Report of the Indian Hemp Drugs Commission, 1894-1895 - Volume V
Year: 1894
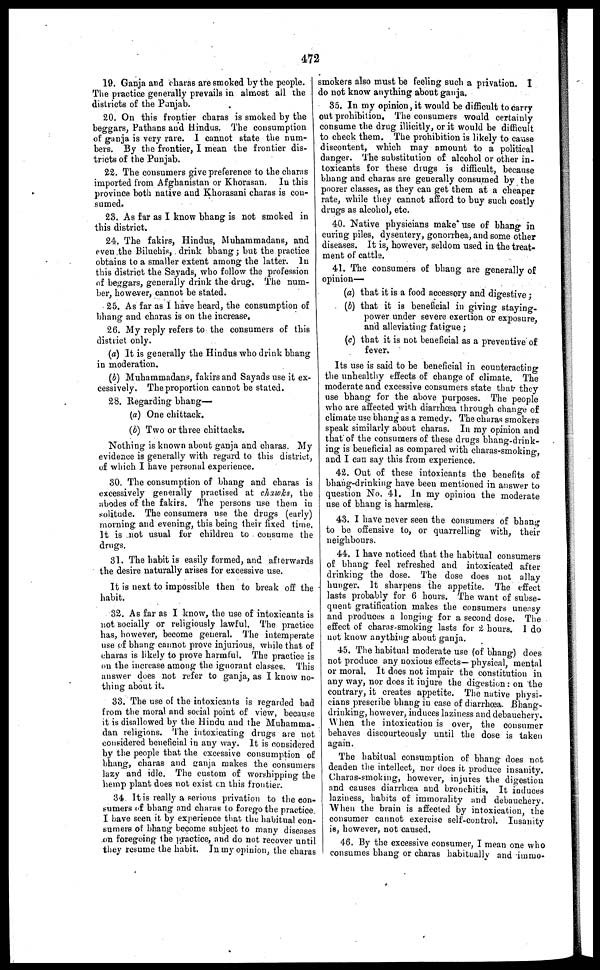
472
19. Ganja and charas are smoked by the people.
The practice generally prevails in almost all the
districts of the Panjab.
20. On this frontier charas is smoked by the
beggars, Pathans and Hindus. The consumption
of ganja is very rare. I cannot state the num-
bers. By the frontier, I mean the frontier dis-
tricts of the Punjab.
22. The consumers give preference to the charas
imported from Afghanistan or Khorasan. In this
province both native and Khorasani charas is con-
sumed.
23. As far as I know bhang is not smoked in
this district.
24. The fakirs, Hindus, Muhammadans, and
even the Biluchis, drink bhang; but the practice
obtains to a smaller extent among the latter. In
this district the Sayads, who follow the profession
of beggars, generally drink the drug. The num-
ber, however, cannot be stated.
25. As far as I have heard, the consumption of
bhang and charas is on the increase.
26. My reply refers to the consumers of this
district only.
(a) It is generally the Hindus who drink bhang
in moderation.
(b) Muhammadans, fakirs and Sayads use it ex-
cessively. The proportion cannot be stated.
28. Regarding bhang—
(a) One chittack.
(b) Two or three chittacks.
Nothing is known about ganja and charas. My
evidence is generally with regard to this district,
of which I have personal experience.
30. The consumption of bhang and charas is
excessively generally practised at chawks, the
abodes of the fakirs. The persons use them in
solitude. The consumers use the drugs (early)
morning and evening, this being their fixed time.
It is not usual for children to consume the
drugs.
31. The habit is easily formed, and afterwards
the desire naturally arises for excessive use.
It is next to impossible then to break off the
habit.
32. As far as I know, the use of intoxicants is
not socially or religiously lawful. The practice
has, however, become general. The intemperate
use of bhang cannot prove injurious, while that of
charas is likely to prove harmful. The practice is
on the increase among the ignorant classes. This
answer does not refer to ganja, as I know no-
thing about it.
33. The use of the intoxicants is regarded bad
from the moral and social point of view, because
it is disallowed by the Hindu and the Muhamma-
dan religions. The intoxicating drugs are not
considered beneficial in any way. It is considered
by the people that the excessive consumption of
bhang, charas and ganja makes the consumers
lazy and idle. The custom of worshipping the
hemp plant does not exist on this frontier.
34 It is really a serious privation to the con-
sumers of bhang and charas to forego the practice.
I have seen it. by experience that the habitual con-
sumer of bhang become subject to many diseases
on foregoing the practice, and do not recover until
they resume the habit. In my opinion, the charas
smokers also must be feeling such a privation. I
do not know anything about ganja.
35. In my opinion, it would be difficult to carry
out prohibition. The consumers would certainly
consume the drug illicitly, or it would be difficult
to check them. The prohibition is likely to cause
discontent, which may amount to a political
danger. The substitution of alcohol or other in-
toxicants for these drugs is difficult, because
bhang and charas are generally consumed by the
poorer classes, as they can get them at a cheaper
rate, while they cannot afford to buy such costly
drugs as alcohol, etc.
40. Native physicians make* use of bhang in
curing piles, dysentery, gonorrhea, and some other
diseases. It is, however, seldom used in the treat-
ment of cattle.
41. The consumers of bhang are generally of
opinion—
(a) that it is a food accessory and digestive ;
(b) that it is beneficial in giving staying-
power under severe exertion or exposure,
and alleviating fatigue ;
(c) that it is not beneficial as a preventive of
fever.
Its use is said to be beneficial in counteracting
the unhealthy effects of change of climate. The
moderate and excessive consumers state that they
use bhang for the above purposes. The people
who are affected with diarrhœa through change of
climate use bhang as a remedy. The charas smokers
speak similarly about charas. In my opinion and
that of the consumers of these drugs bhang-drink-
ing is beneficial as compared with charas-smoking,
and I can say this from experience.
42. Out of these intoxicants the benefits of
bhang-drinking have been mentioned in answer to
question No. 41. In my opinion the moderate
use of bhang is harmless.
43. I have never seen the consumers of bhang
to be offensive to, or quarrelling with, their
neighbours.
44. I have noticed that the habitual consumers
of bhang feel refreshed and intoxicated after
drinking the dose. The dose does not allay
hunger. It sharpens the appetite. The effect
lasts probably for 6 hours. The want of subse-
quent gratification makes the consumers uneasy
and produces a longing for a second dose. The
effect of charas-smoking lasts for 2 hours. I do
not know anything about ganja.
45. The habitual moderate use (of bhang) does
not produce any noxious effects— physical, mental
or moral. It does not impair the constitution in
any way, nor does it injure the digestion: on the
contrary, it creates appetite. The native physi-
cians prescribe bhang in case of diarrhœa. Bhang
drinking, however, induces laziness and debauchery.
When the intoxication is over, the consumer
behaves discourteously until the dose is taken
again.
The habitual consumption of bhang does not
deaden the intellect, nor does it produce insanity.
Charas-smoking, however, injures the digestion
and causes diarrhoea and bronchitis. It induces
laziness, habits of immorality and debauchery.
When the brain is affected by intoxication, the
consumer cannot exercise self-control. Insanity
is, however, not caused.
46. By the excessive consumer, I mean one who
consumes bhang or charas habitually and immo-